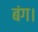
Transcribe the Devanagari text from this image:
बंग।